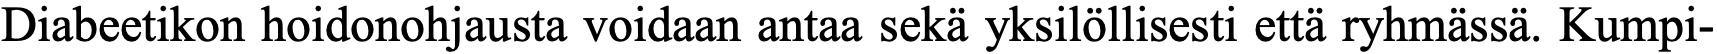
Diabeetikon hoidonohjausta voidaan antaa sekä yksilöllisesti että ryhmässä. Kumpi-